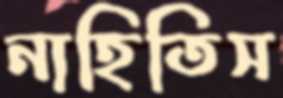
নাহিতিস